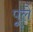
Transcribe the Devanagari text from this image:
पूले